Indian journal of veterinary science and animal husbandry - Volumes 28-29, 1958-1959
Year: 1958
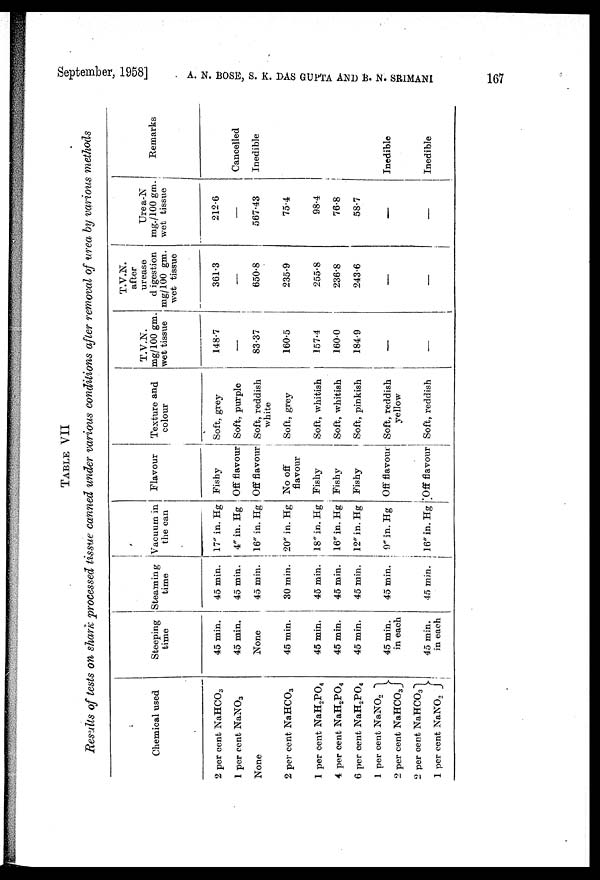
September, 1958] A. N. BOSE, S. K. DAS GUPTA AND B. N. SRIMANI 167
TABLE
VII
Results of tests on shark processed tissue canned under various conditions after removal of urea by various methods
Chemical used
2 per cent NaHCO 3
1 per cent NaNO 3
None
2 per cent NaHCO 3
1 per cent NaH 2 PO 4
4 per cent NaH 2 PO 4
6 per cent NaH 2 PO 4
1 per cent
NaNO 2
2 per cent NaHCO 3
2 per cent NaHCO 3
1 per cent NaNO 2
Steeping
time
45 min.
45 min.
None
45 min.
45 min.
45 min.
45 min.
45 min.
in each
45 min.
in each
Steaming
time
45 min.
45 min.
45 min.
30 min.
45 min.
45 min.
45 min.
45 min.
45 min.
Vacuum in
the can
17" in. Hg
4" in. Hg
16" in. Hg
20" in. Hg
18" in. Hg
16" in. Hg
12" in. Hg
9" in. Hg
16" in. Hg
Flavour
Fishy
Off flavour
Off flavour
No off
flavour
Fishy
Fishy
Fishy
Off flavour
Off flavour
Texture and
colour
Soft, grey
Soft, purple
Soft, reddish
white
Soft, grey
Soft, whitish
Soft, whitish
Soft, pinkish
Soft, reddish
yellow
Soft, reddish
T.V.N.
mg/100 gm.
wet tissue
148.7
—
83.37
160.5
157.4
160.0
184.9
—
—
T.V.N.
after
urease
d igestion
mg/100 gm.
wet tissue
361.3
—
650.8
235.9
255.8
236.8
243.6
—
—
Urea-N
mg./100 gm.
wet tissue
212.6
—
567.43
75.4
98.4
76.8
58.7
—
—
Remarks
Cancelled
Inedible
Inedible
Inedible